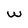
Character: w